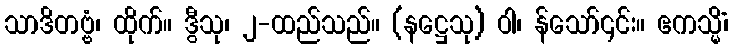
သာဒိတဗ္ဗံ၊ ထိုက်။ ဒွီသု၊ ၂-ထည်သည်။ (နဋ္ဌေသု) ဝါ၊ န်သော်၎င်း။ ဧကသ္မိံ၊